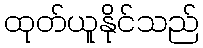
ထုတ်ယူနိုင်သည်